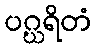
ပဂ္ဃရိတံ